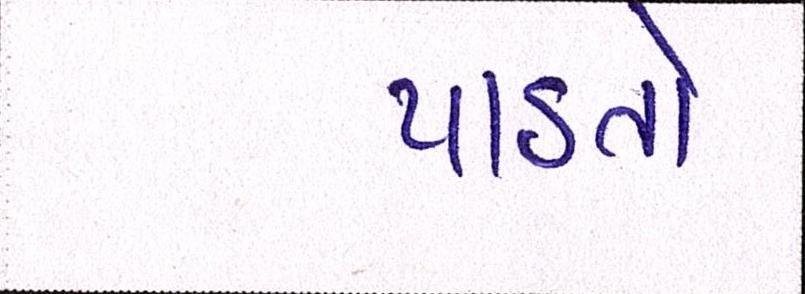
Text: પાડતો